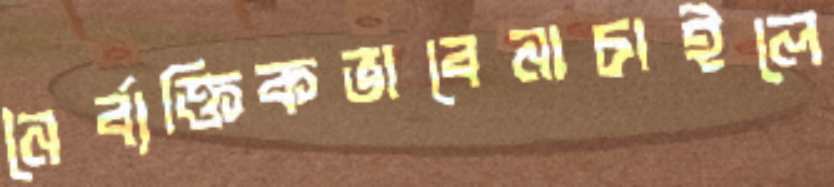
নৈর্ব্যক্তিকভাবেনাচাইলে